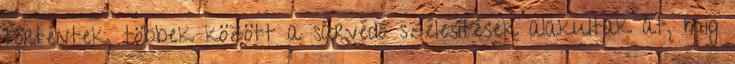
történtek, többek között a sárvédő szélesítések alakultak át, míg